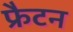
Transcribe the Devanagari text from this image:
फ्रैटन